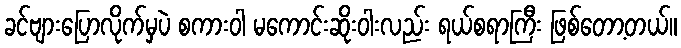
ခင်ဗျားပြောလိုက်မှပဲ စကားဝါ မကောင်းဆိုးဝါးလည်း ရယ်စရာကြီး ဖြစ်တော့တယ်။